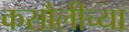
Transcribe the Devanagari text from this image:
कसौलीच्या